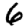
Digit: 6